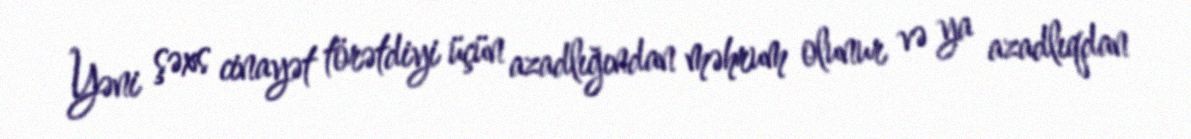
Yəni şəxs cinayət törətdiyi üçün azadlığından məhrum olunur və ya azadlıqdan